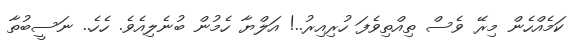
ކަމެއްހެން މިރޭ ވެސް ތިއްތިވެފަ ހުރިއިރު..! އަލްޔާ ހެމުން ބުނެލިއެވެ. ހެހެ.. ނަސީބުތާ